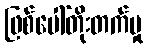
ဖြစ်ပေါ်တိုးတက်မှု